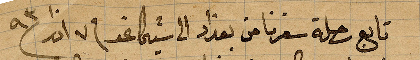
تابع رحلة سفرنا من بغداد الى شيكاغو في ٧ اذار ١٨٩٣